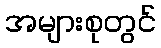
အများစုတွင်